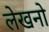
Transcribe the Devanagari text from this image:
लेखनो